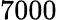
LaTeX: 7000